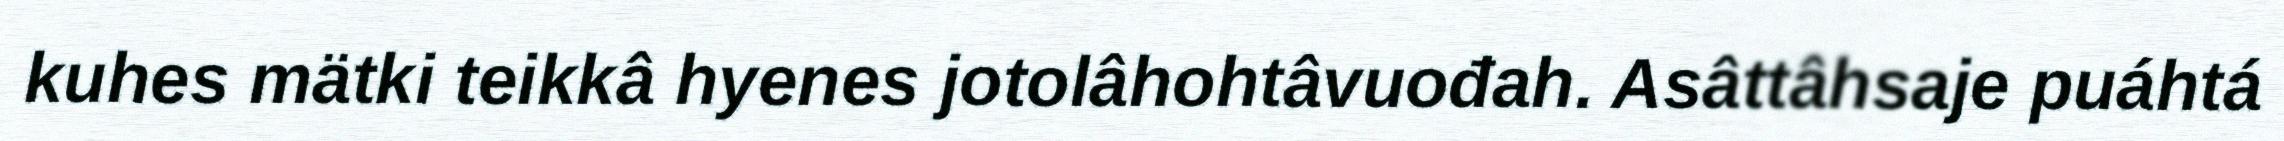
kuhes mätki teikkâ hyenes jotolâhohtâvuođah. Asâttâhsaje puáhtá